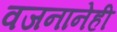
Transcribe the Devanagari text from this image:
वजनानेही